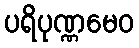
ပရိပုဏ္ဏမေဝ